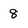
Character: 8